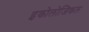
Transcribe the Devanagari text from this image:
इकोलोजिकल